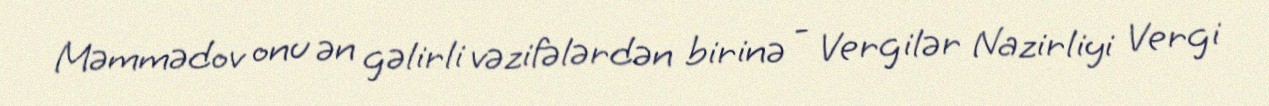
Məmmədov onu ən gəlirli vəzifələrdən birinə - Vergilər Nazirliyi Vergi